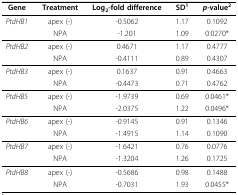
<table><thead><tr><td><b>Gene</b></td><td><b>Treatment</b></td><td><b>Log<sub>2</sub>-fold difference</b></td><td><b>SD<sup>1</sup></b></td><td><b><i>p</i>-value<sup>2</sup></b></td></tr></thead><tbody><tr><td><i>PtdHB1</i></td><td>apex (-)</td><td>-0.5062</td><td>1.17</td><td>0.1092</td></tr><tr><td></td><td>NPA</td><td>-1.201</td><td>1.09</td><td>0.0270*</td></tr><tr><td><i>PtdHB2</i></td><td>apex (-)</td><td>0.4671</td><td>1.17</td><td>0.4777</td></tr><tr><td></td><td>NPA</td><td>-0.4111</td><td>0.89</td><td>0.4307</td></tr><tr><td><i>PtdHB3</i></td><td>apex (-)</td><td>0.1637</td><td>0.91</td><td>0.4663</td></tr><tr><td></td><td>NPA</td><td>-0.4473</td><td>0.71</td><td>0.4762</td></tr><tr><td><i>PtdHB5</i></td><td>apex (-)</td><td>-1.9739</td><td>0.69</td><td>0.0461*</td></tr><tr><td></td><td>NPA</td><td>-2.0375</td><td>1.22</td><td>0.0496*</td></tr><tr><td><i>PtdHB6</i></td><td>apex (-)</td><td>-0.9145</td><td>0.91</td><td>0.1346</td></tr><tr><td></td><td>NPA</td><td>-1.4915</td><td>1.14</td><td>0.1090</td></tr><tr><td><i>PtdHB7</i></td><td>apex (-)</td><td>-1.6421</td><td>0.76</td><td>0.0776</td></tr><tr><td></td><td>NPA</td><td>-1.3204</td><td>1.26</td><td>0.1725</td></tr><tr><td><i>PtdHB8</i></td><td>apex (-)</td><td>-0.5686</td><td>0.98</td><td>0.1488</td></tr><tr><td></td><td>NPA</td><td>-0.7031</td><td>1.93</td><td>0.0455*</td></tr></tbody></table>